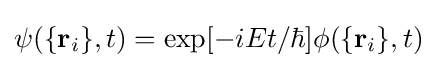
\psi (\{\mathbf {r} _{i}\},t)=\exp[-iEt/\hbar ]\phi (\{\mathbf {r} _{i}\},t)